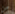
من